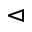
\vartriangleleft